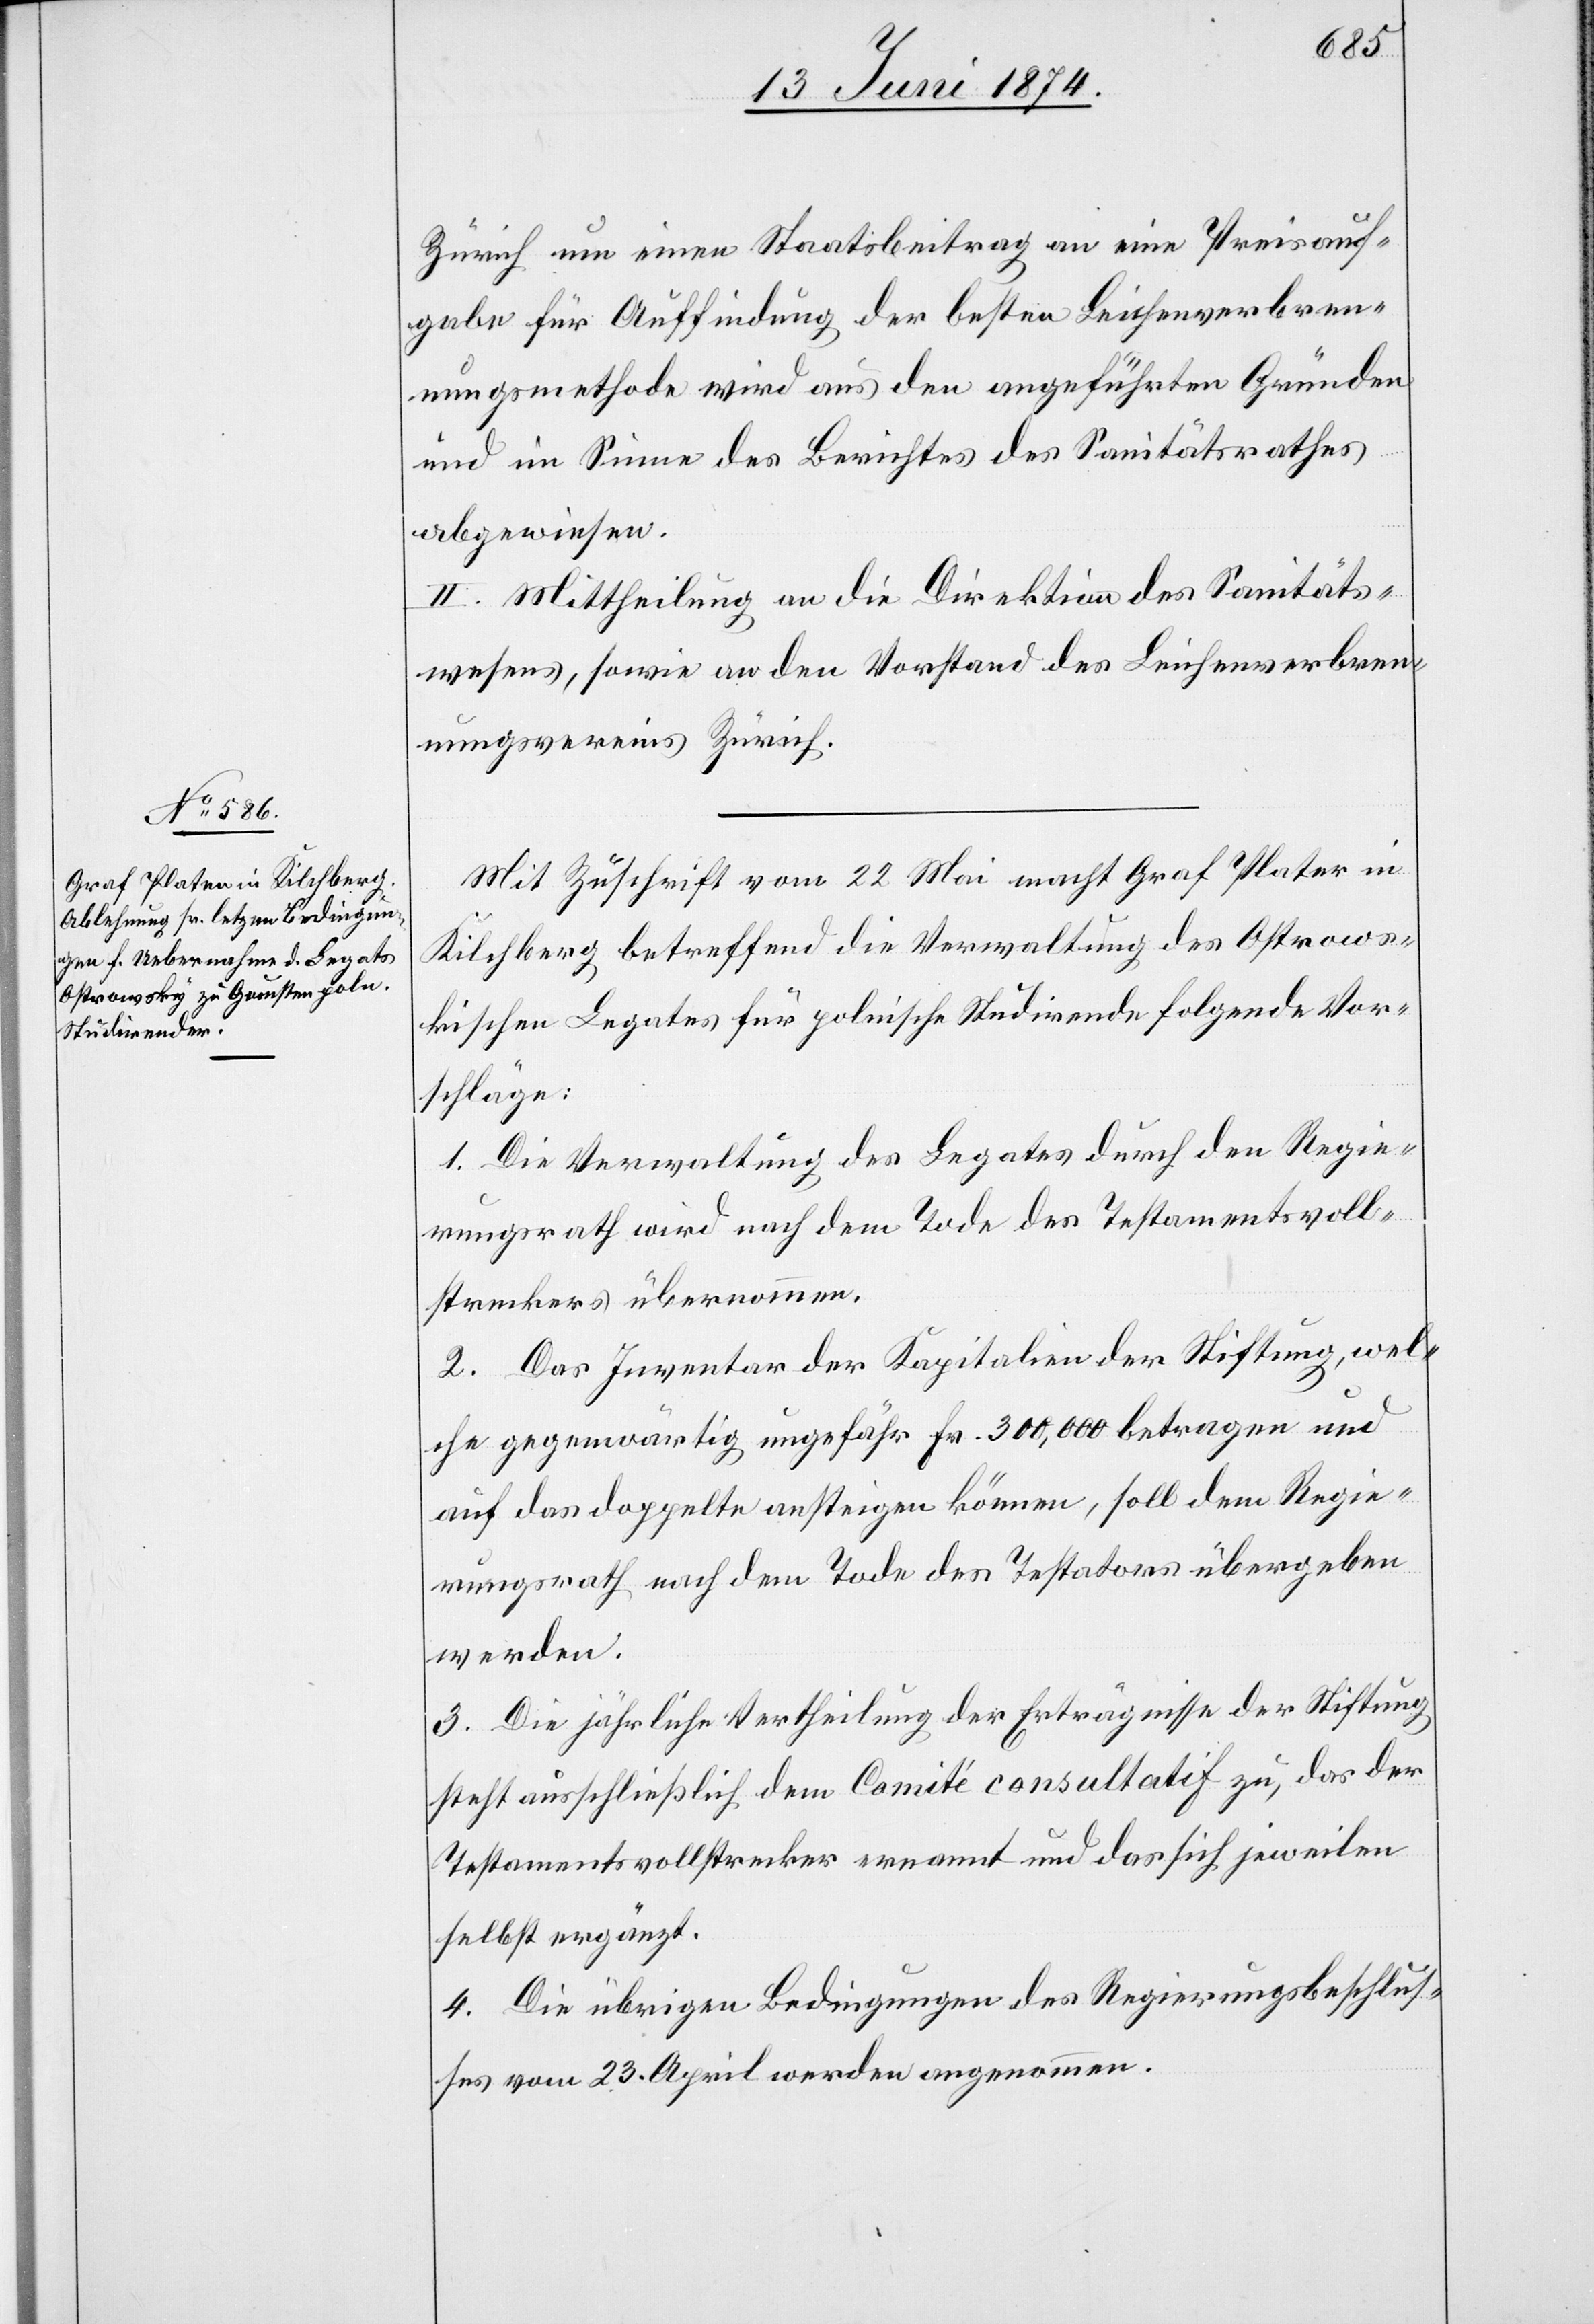
Zürich um einen Staatsbeitrag an eine Preisauf¬
gabe für Auffindung der besten Leichenverbren¬
nungsmethode wird aus den angeführten Gründen
und im Sinne des Berichtes des Sanitätsrathes
abgewiesen.
II. Mittheilung an die Direktion des Sanitäts¬
wesens, sowie an den Vorstand des Leichenverbren¬
nungsvereins Zürich.
Mit Zuschrift vom 22. Mai macht Graf Plater in
Kilchberg betreffend die Verwaltung des Ostrows¬
kischen Legates für polnische Studirende folgende Vor¬
schläge:
1. Die Verwaltung des Legates durch den Regie¬
rungsrath wird nach dem Tode des Testamentsvoll¬
streckers übernommen.
2. Das Inventar der Kapitalien der Stiftung, wel¬
che gegenwärtig ungefähr Fr. 300,000 betragen und
auf das doppelte ansteigen können, soll dem Regie¬
rungsrath nach dem Tode des Testators übergeben
werden.
3. Die jährliche Vertheilung der Erträgnisse der Stiftung
steht ausschließlich dem Comité consultatif zu, das der
Testamentsvollstrecker ernannt und das sich jeweilen
selbst ergänzt.
4. Die übrigen Bedingungen des Regierungsbeschlus¬
ses vom 23. April werden angenommen.